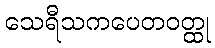
သေရီသကပေတဝတ္ထု